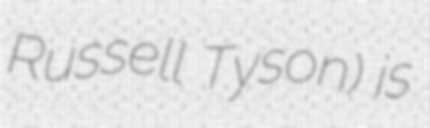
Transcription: Russell Tyson) is